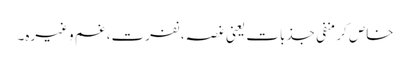
خاص کر منفی جذبات یعنی غصہ، نفرت، غم وغیرہ۔